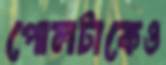
পোলটাকেও